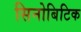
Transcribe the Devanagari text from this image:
सिनोबिटिक